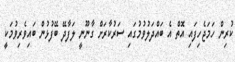
ކުރިން ހަމަޖެހިފައި އޮތް އެ ބައްދަލުވުމުގައި ސަރުކާރަށް ގާނޫނީ ލަފާދޭ ބޭފުޅުން ބައިވެރިވުމަކީ